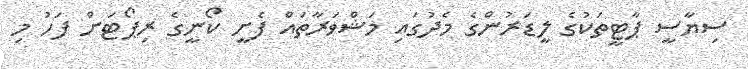
ސިޔާސީ ޕާޓީތަކުގެ ލީޑަރުންގެ މެދުގައި މަޝްވަރާތައް ފެށީ ކޯނީގެ ރިޕޯޓަށް ފަހު މި